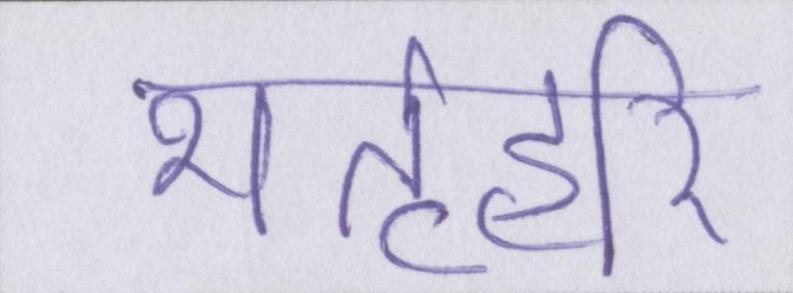
भर्तृहरि